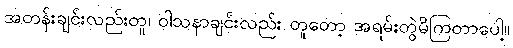
အတန်းချင်းလည်းတူ၊ ဝါသနာချင်းလည်း တူတော့ အရမ်းတွဲမိကြတာပေါ့။